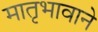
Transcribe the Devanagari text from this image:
मातृभावाने